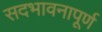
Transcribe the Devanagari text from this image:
सदभावनापूर्ण